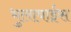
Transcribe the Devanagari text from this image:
भुलाबाईस